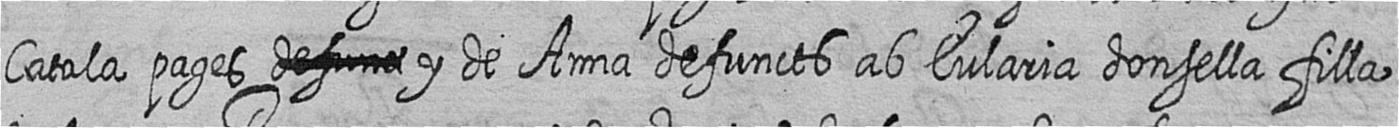
Catala pages # y de Anna defuncts ab Eularia donsella filla